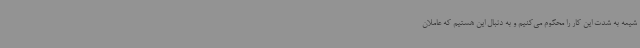
شیعه به شدت این کار را محکوم می‌کنیم و به دنبال این هستیم که عاملان